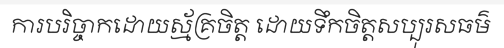
ការបរិច្ចាកដោយស្ម័គ្រចិត្ត ដោយទឹកចិត្តសប្បុរសធម៌